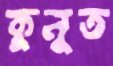
কুনুত